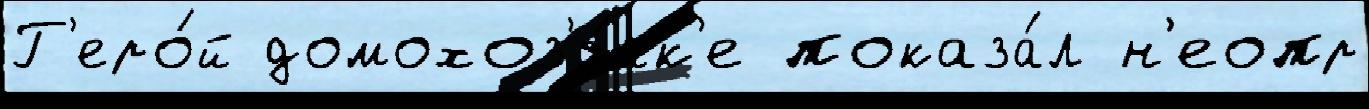
Г'еро́й домохоз'я́йк'е показа́л н'еопр